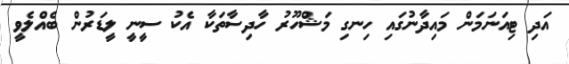
އަދި ޓިއަނަމަން މައިދާނުގައި ހިނގި މަޝްހޫރު ހާދިސާތަކާ އެކު ސީނީ ލީޑަރުން ބެއްލެވީ